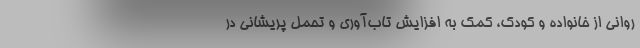
رواني از خانواده و کودک، كمك به افزايش تاب‌آوري و تحمل پريشاني در